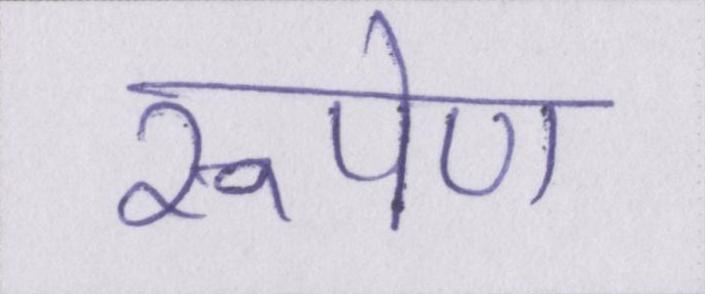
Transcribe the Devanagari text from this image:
रूपेण